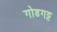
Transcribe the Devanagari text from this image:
गोडगट्ट